Insane asylums in Bengal annual reports 1876-1887 - 1876-1887
Year: 1876
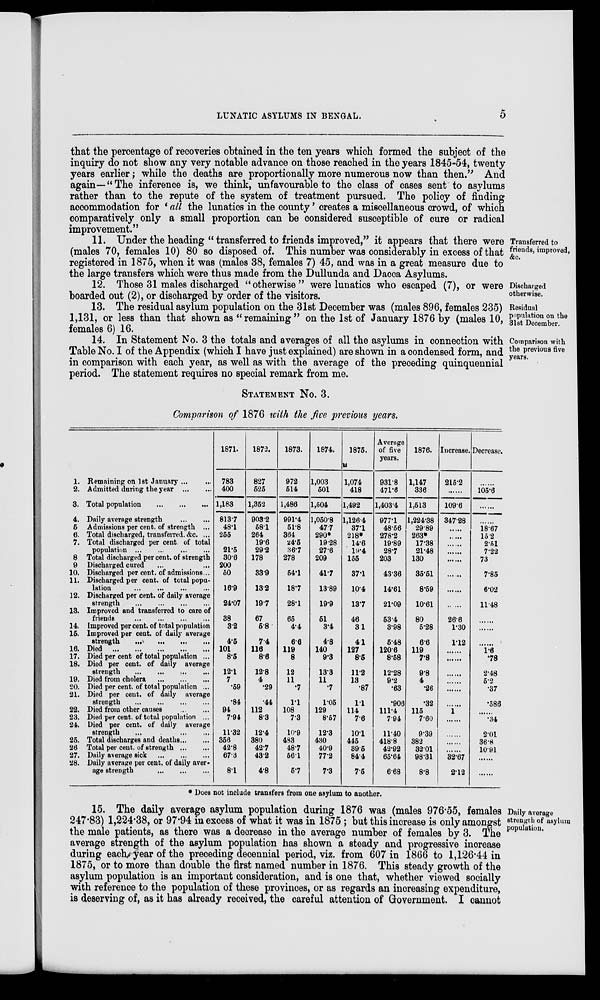
LUNATIC ASYLUMS IN BENGAL.
5
that the percentage of recoveries obtained in the ten years which formed the subject of the
inquiry do not show any very notable advance on those reached in the years 1845-54, twenty
years earlier; while the deaths are proportionally more numerous now than then." And
again—-"The inference is, we think, unfavourable to the class of cases sent to asylums
rather than to the repute of the system of treatment pursued. The policy of finding
accommodation for ' all the lunatics in the county ' creates a miscellaneous crowd, of which
comparatively only a small proportion can be considered susceptible of cure or radical
improvement.”
Transferred to
friends, improved,
&c.
11. Under the heading “ transferred to friends improved,” it appears that there were
(males 70, females 10) 80 so disposed of. This number was considerably in excess of that
registered in 1875, when it was (males 38, females 7) 45, and was in a great measure due to
the large transfers which were thus made from the Dullunda and Dacca Asylums.
Discharged
otherwise.
12. Those 31 males discharged “otherwise” were lunatics who escaped (7), or were
boarded out (2), or discharged by order of the visitors.
Residual
population on the
31st December.
13. The residual asylum population on the 31st December was (males 896, females 235)
1,131, or less than that shown as “remaining ” on the 1st of January 1876 by (males 10,
females 6) 16.
Comparison with
the previous five
years.
14. In Statement No. 3 the totals and averages of all the asylums in connection with
Table No. I of the Appendix (which I have just explained) are shown in a condensed form, and
in comparison with each year, as well as with the average of the preceding quinquennial
period. The statement requires no special remark from me.
STATEMENT No. 3.
Comparison of 1876 with the five previous years.
1. Remaining on 1st January ... ...
2. Admitted during the year
...
...
3. Total population
...
...
...
4. Daily average strength
...
...
5 Admissions per cent. of strength ...
6. Total discharged, transferred. &c. ...
7. Total discharged per cent. of total
population
...
...
...
...
8 Total discharged per cent. of strength
9 Discharged cured ... ...
10. Discharged per cent. of admissions ...
11. Discharged per cent. of total popu-
lation
...
...
...
...
12. Discharged per cent. of daily average
strength
...
...
...
...
13. Improved and transferred to care of
friends
...
...
...
...
14. Improved per cent. of total population
15. Improved per cent. of daily average
strength
...
...
...
...
16. Died
...
...
...
...
17. Died per cent of total population ...
18. Died per cent. of daily average
strength ... ... ... ...
19. Died from cholera
...
...
...
20. Died per cent. of total population ...
21. Died per cent. of daily average
strength
...
...
...
...
22. Died from other causes
...
...
23. Died per cent. of total population ...
24. Died per cent. of daily average
strength
...
...
...
25. Total discharges and deaths ... ...
26 Total per cent. of strength ... ...
27. Daily average sick
...
...
...
28. Daily average per cent. of daily aver-
age strength
...
...
...
1871.
783
400
1,183
813.7
48.1
255
21.5
30.6
200
50
16.9
24.07
38
3.2
4.5
101
8.5
12.1
7
.59
.84
94
7.94
11.32
356
42.8
67.3
8.1
1872.
827
525
1,352
903.2
58.1
264
19.6
29.2
178
33.9
13.2
19.7
67
5.8
7.4
116
8.6
12.8
4
.29
.44
112
8.3
12.4
380
42.7
43.2
4.8
1873.
972
514
1,486
991.4
51.8
364
24.5
36.7
278
54.1
18.7
28.1
65
4.4
6.6
119
8
12
11
.7
1.1
108
7.3
10.9
483
48.7
56.1
5.7
1874.
1,003
501
1,504
1,050.8
47.7
290*
19.28
27.6
209
41.7
13.89
19.9
51
3.4
4.8
140
9.3
13.3
11
7
1.05
129
8.57
12.3
430
40.9
77.2
7.3
1875.
1,074
418
1,492
1,126.4
37.1
218*
14.6
19.4
155
37.1
10.4
13.7
46
3.1
4.1
127
8.5
11.2
13
.87
1.1
114
7.6
10.1
445
39.5
84.4
7.5
Average
of five
years.
931.8
471.6
1,403.4
977.1
48.56
278.2
19.89
28.7
203
43.36
14.61
21.09
53.4
3.98
5.48
120.6
8.58
12.28
9.2
.63
.906
111.4
7.94
11.40
418.8
42.92
65.64
6.68
1876.
1,147
336
1,513
1,224.38
29.89
263*
17.38
21.48
130
35.51
8.59
10.61
80
5.28
6.6
119
7.8
9.8
4
.26
.32
115
7.60
9.39
382
32.01
98.31
8.8
Increase.
215.2
......
109.6
347.28
......
......
......
......
......
......
......
......
26.6
1.30
1.12
......
......
......
......
......
......
1
......
......
......
......
32.67
2.12
Decrease.
......
105.6
......
......
18.67
15.2
2.51
7.22
73
7.85
6.02
11.48
......
......
......
1.6
.78
2.48
5.2
.37
.586
......
.34
2.01
36.8
10.91
......
......
* Does not include transfers from one asylum to another.
Daily average
strength of asylum
population.
15. The daily average asylum population during 1876 was (males 976.55, females
247.83) 1,224.38, or 97.94 in excess of what it was in 1875 ; but this increase is only amongst
the male patients, as there was a decrease in the average number of females by 3. The
average strength of the asylum population has shown a steady and progressive increase
during each year of the preceding decennial period, viz. from 607 in 1866 to 1,126.44 in
1875, or to more than double the first named number in 1876. This steady growth of the
asylum population is an important consideration, and is one that, whether viewed socially
with reference to the population of these provinces, or as regards an increasing expenditure,
is deserving of, as it has already received, the careful attention of Government. I cannot